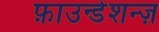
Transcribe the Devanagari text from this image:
फ़ाउन्डेशन्ज़